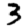
Digit: 3